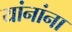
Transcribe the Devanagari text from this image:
यांनांना